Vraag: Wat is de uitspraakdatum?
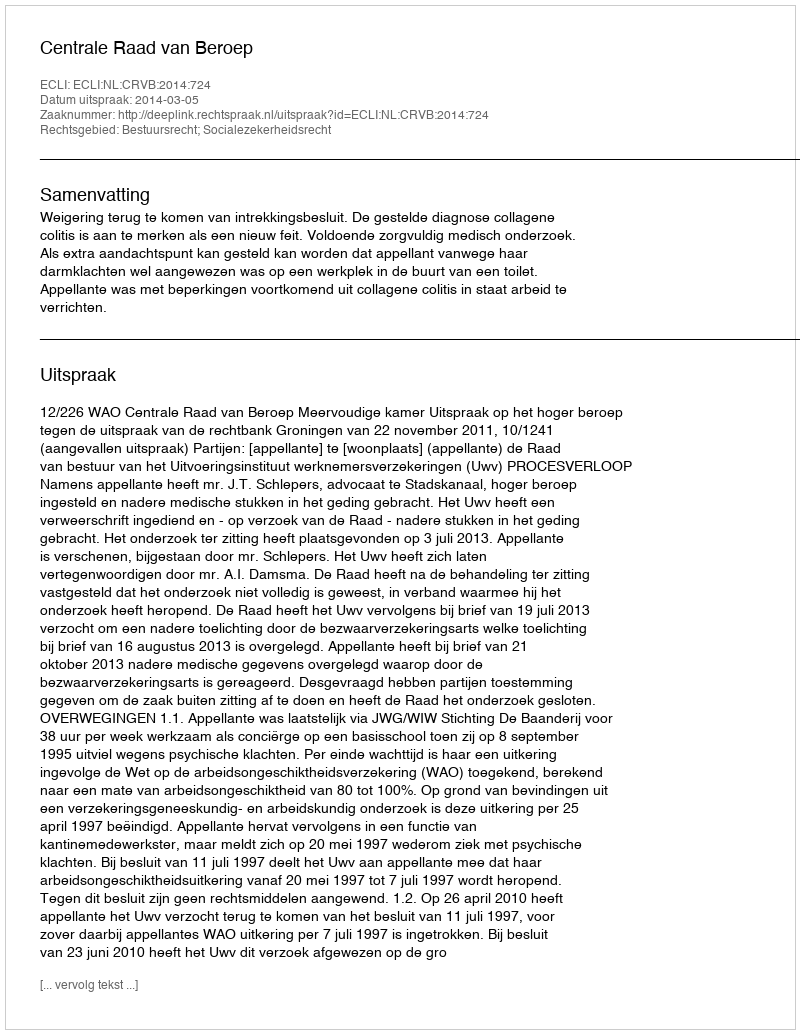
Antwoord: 2014-03-05